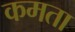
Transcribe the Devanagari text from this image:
कमता